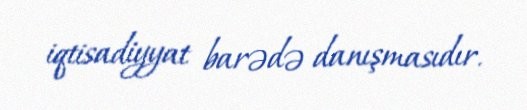
iqtisadiyyat barədə danışmasıdır.